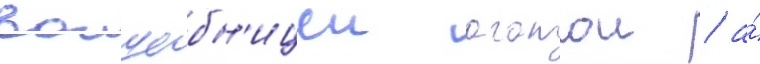
волшебн'ицеи агатои / а́